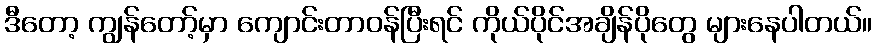
ဒီတော့ ကျွန်တော့်မှာ ကျောင်းတာဝန်ပြီးရင် ကိုယ်ပိုင်အချိန်ပိုတွေ များနေပါတယ်။